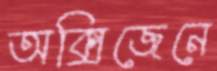
অক্সিজেনে